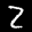
Label: 2